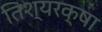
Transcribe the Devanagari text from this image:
तिश्यरक्षा